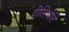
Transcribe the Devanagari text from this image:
दीप्तिभीति